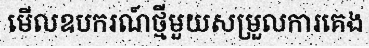
មើលឧបករណ៍ថ្មីមួយសម្រួលការគេង